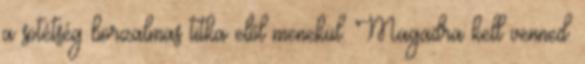
a sötétség borzalmas titka elõl menekül. Magadra kell venned.